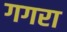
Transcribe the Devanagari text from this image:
गगरा